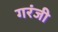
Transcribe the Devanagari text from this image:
गरंजी